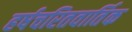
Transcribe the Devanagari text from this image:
हर्षचरितवार्तिक